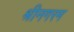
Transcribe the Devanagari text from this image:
श्रीनगरम